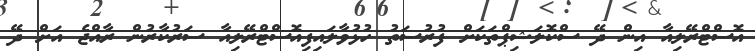
އޮސްޓްރޭލިއާ އިން ދޭ ސްކޮލަޝިޕްތަކަށް ފުރުސަތު ހުޅުވާލައިފިއޮސްޓްރޭލިއާ ސަރުކާރުން ރާއްޖެ އަށް ދޭ